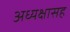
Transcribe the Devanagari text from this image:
अध्यक्षासह